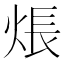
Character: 𤊞